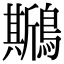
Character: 𪆁